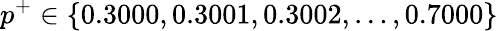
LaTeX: p^{+}\in\{ 0.3000,0.3001,0.3002,\dots,0.7000\}